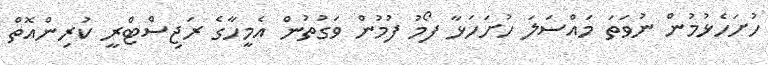
ހުށަހެޅުމުން ނުވަތަ މައްސަލަ ހުށަހަޅާ ފޯމު ފުމުން ވަގުތުން އެމީހާގެ ރަޖިސްޓްރީ ކުރިންއޮތް